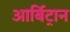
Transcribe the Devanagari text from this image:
आर्बिट्रान